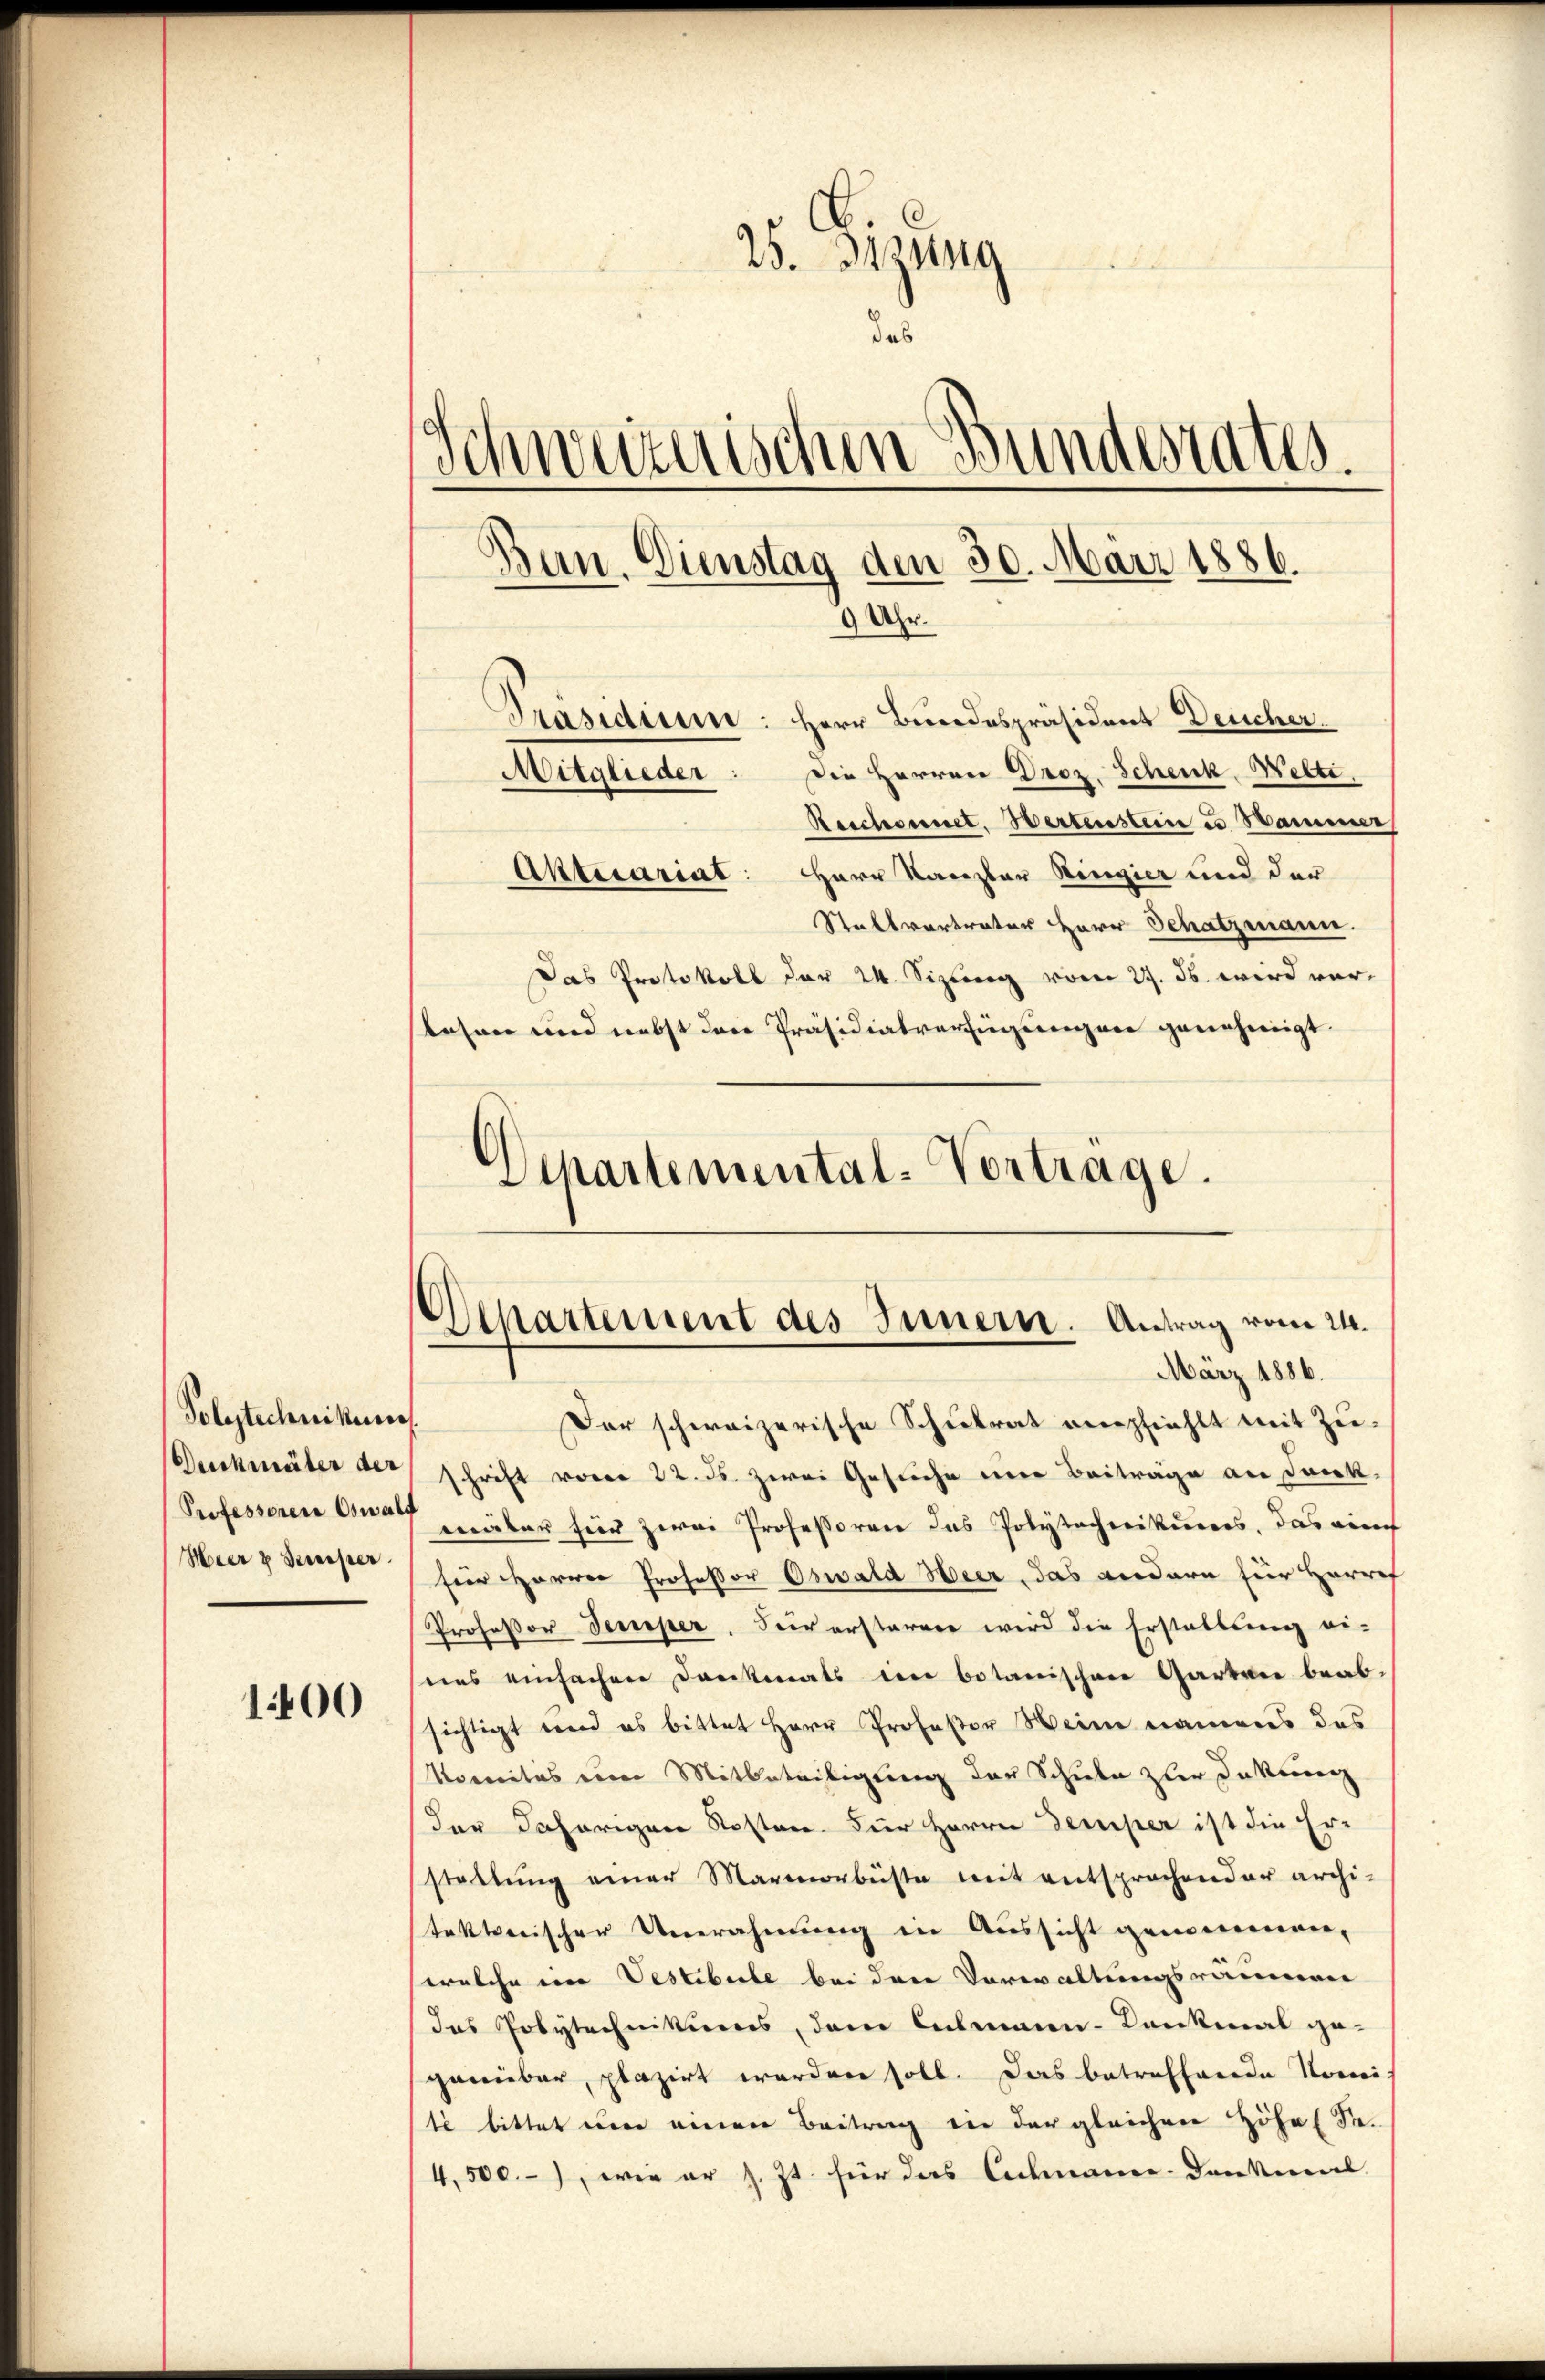
Polytechnikum.
Duckmäter der
Professoren Oswalf
Heer & Bereiser

100

25. Jezung
das
Schweizerischen Bundesrates.
.
Bun. Dienstag den 30. März 1886.
9 Uhr.
Präsidium: Herr Bundespräsident Deucher
Mitglieder: Die Herren Droz. Schenk Welti.
Reschonnet. Wertenstein u. Hammer
Aktecariat: Herr Kanzler Ringier und der

Stallvertrater Herr Schatzmann.
Das Protokoll der 24. Sizung vom 27. ds. wird verlesen und nebst den Präsidialverfügungen genehmigt.

Departemental-Vortrage.

Departement des Innern. Antrag vom 24.
März 1886.

Der schweizerische Schulrat nempfiehlt mit Zu-
schrift voren 22. ds. zwei Gesuche mir Beiträge an Dank.
müter für zwai Professoren das Polytechnikums, das ein
für Herrn Professor Oswald Heer, das andern zur Herres
Professor Secreper. Sei erstarere wird die Erstaltung ei-
ens einfachen Dankmals im botanischen Garten beab-
sichtigt und es bittet Herr Professor Weine namens das
Noenitus einer Mitbeteiligung der Schule zur Dokung
der daherigen Kosten für Herrn Demper ist die Er-
stellŭng einer Marmorbüste mit entsprochender archi-
tektonischer Umrahmung in Aussicht genommen,
welche im Vestibute bei den Verwaltungsräumen
das Polytechnikums, dem Culmann-Dankmal ge-
genüber, plazirt werden soll. Das betreffende Nomi
t bittet um einen Beitrag in der gleichen Höhe (Se-
4,500.-), wie er s. Zt. für das Almanne. Dankmal